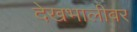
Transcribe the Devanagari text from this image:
देखभालीवर